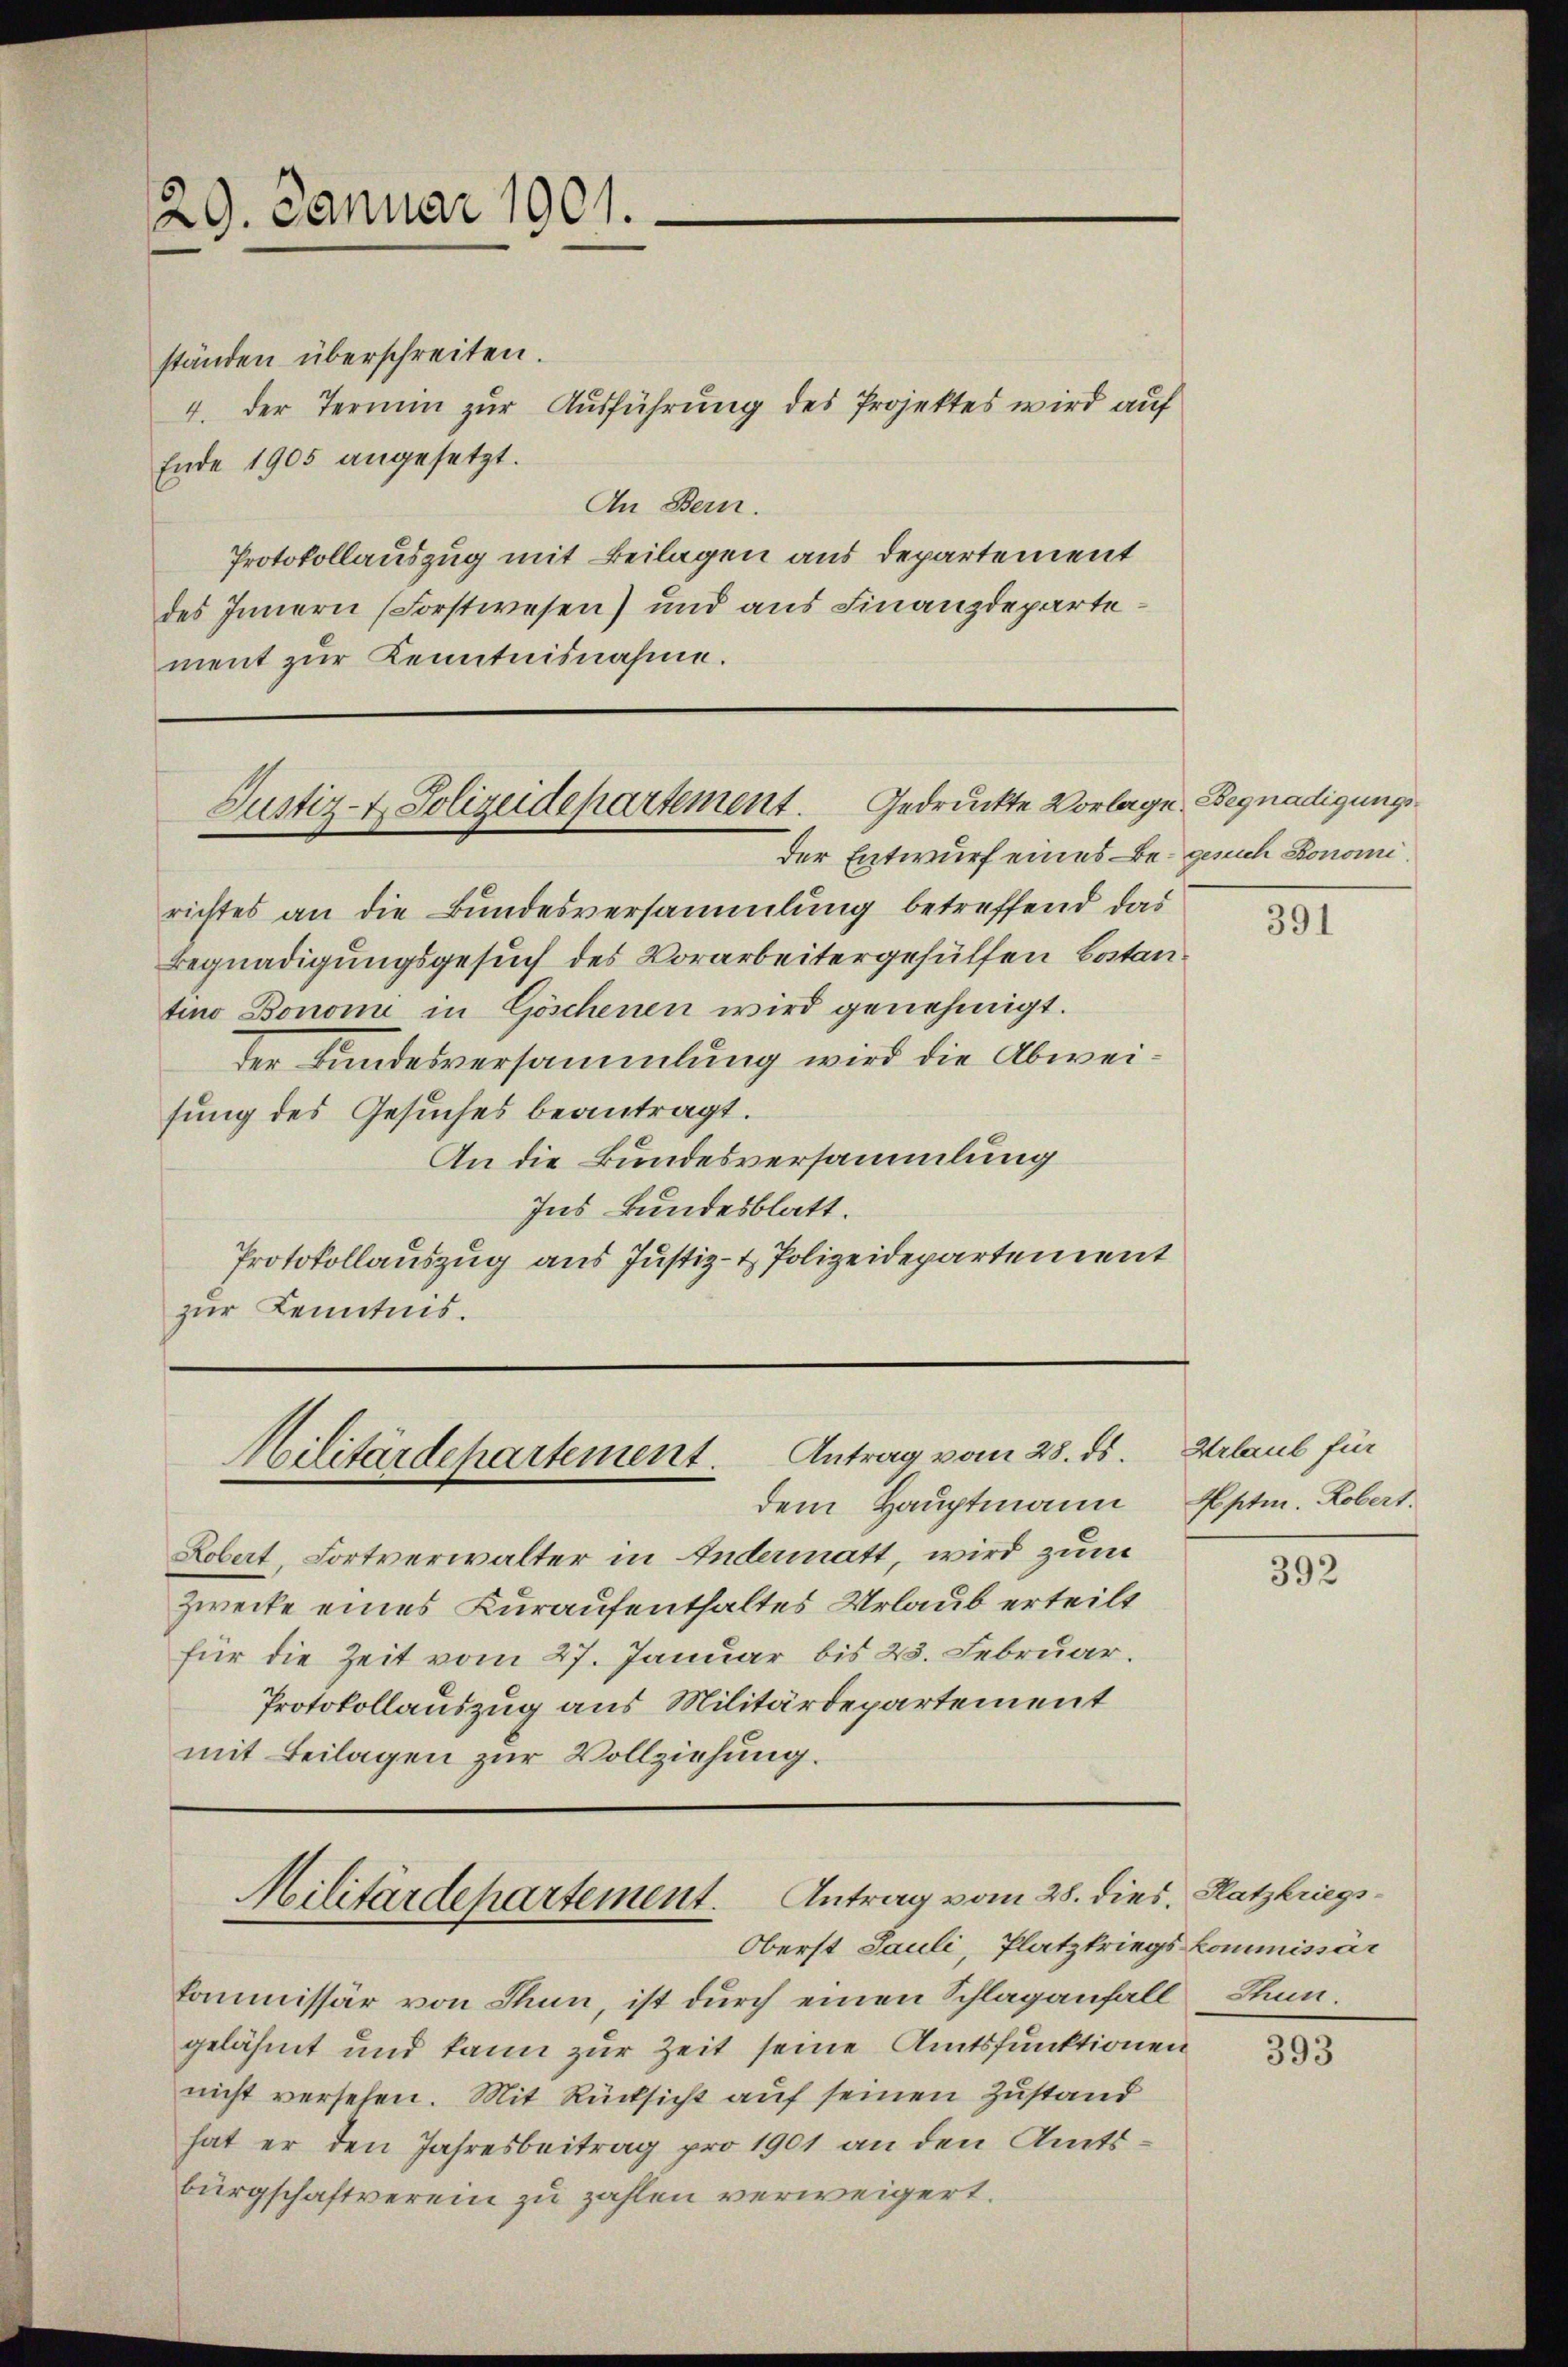
29. Januar 1901.

ständen überschreiten.
4. der Termin zur Ausführung des Projektes wird auf
Ende 1905 angesetzt.
An Bern.
Protokollauszug mit Beilagen aus Departement
des Innern (Forstwesen) und aus Finanzdepartement zur Kenntnisnahme.

der Entwurf eines Be- gesuch Bonomirichtes an die Bundesversammlung betreffend das
Begnadigungsgesuch des Vorarbeitergehülfen botan.
tino Bonomi in Göschenen wird genehmigt.
ter Bundesversammlung wird die Abweisung des Gesuches beantragt.
An die Bundesversammlung
Ins Bundesblatt.
Protokollauszug aus Justiz- & Polizeidepartement
zur Kenntnis.

Justiz- & Polizeidepartement. Gedruckte Vorlage Begnadigungs¬

Militärdepartement. Antrag vom 28. ds. Urlaub für

Militärdepartement. Antrag vom 28. dies, Platzkriegs¬
Oberst Pauli, Platztriegskommissär

dem Hauptmann Aptm. Robert.
Kobert, Fortverwalter in Andermatt, wird zum
Zwecke eines Kuraufenthaltes Urlaub erteilt
für die Zeit vom 27. Januar bis 23. Februar.
Protokollauszug aus Militärdepartement
mit Beilagen zur Vollziehung.

kommissär von Thun, ist durch einen Schlaganfall Stungelähmt und kann zur Zeit seine Amtsfunktionen
nicht versehen. Mit Rücksicht auf seinen Zustand
hat er den Jahresbeitrag pro 1901 an den Amtsbürgschaftverein zu zahlen verweigert.

391

392

393